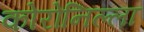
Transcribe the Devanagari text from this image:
कोरोनिल्ला